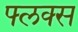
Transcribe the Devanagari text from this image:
फ्लक्‍स